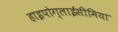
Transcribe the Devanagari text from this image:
हाइपोग्लाईसीमिया